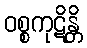
ဝစ္စကုဋိန္တိ